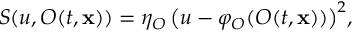
S ( u , O ( t , \mathbf { x } ) ) = \eta _ { O } \, \big ( u - \varphi _ { O } ( O ( t , \mathbf { x } ) ) \big ) ^ { 2 } ,